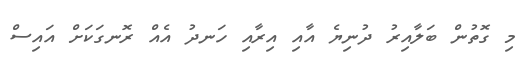
މި ގޮތުން ބަލާއިރު ދުނިޔެ އާއި އިރާއި ހަނދު އެއް ރޮނގަކަށް އައިސް